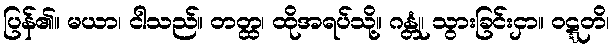
ပြန်၏။ မယာ၊ ငါသည်။ တတ္ထ၊ ထိုအရပ်သို့။ ဂန္တုံ၊ သွားခြင်းငှာ။ ဝဋ္ဋတိ၊